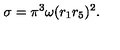
\sigma = \pi ^ { 3 } \omega ( r _ { 1 } r _ { 5 } ) ^ { 2 } .